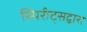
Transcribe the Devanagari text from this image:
स्पिरीट्सद्वारा